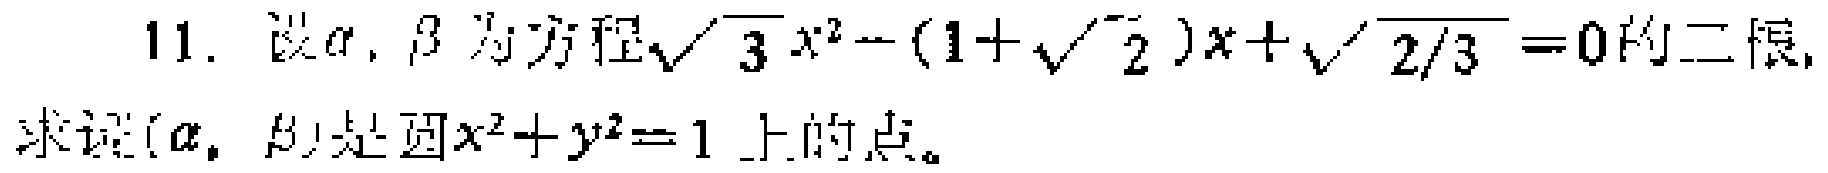
11. 设\(\alpha,\beta\)为方程\(\sqrt{3}x^{2}-(1 + \sqrt{2})x+\sqrt{\frac{2}{3}} = 0\)的二根，求证\((\alpha,\beta)\)是圆\(x^{2}+y^{2}=1\)上的点。